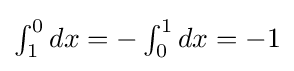
{\textstyle \int _{1}^{0}dx=-\int _{0}^{1}dx=-1}